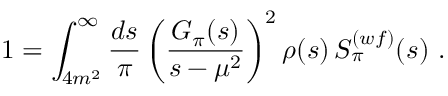
1 = \int _ { 4 m ^ { 2 } } ^ { \infty } \frac { d s } { \pi } \left( \frac { G _ { \pi } ( s ) } { s - \mu ^ { 2 } } \right) ^ { 2 } \rho ( s ) \, S _ { \pi } ^ { ( w f ) } ( s ) \ .